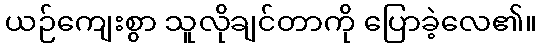
ယဉ်ကျေးစွာ သူလိုချင်တာကို ပြောခဲ့လေ၏။